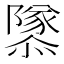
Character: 𨽎